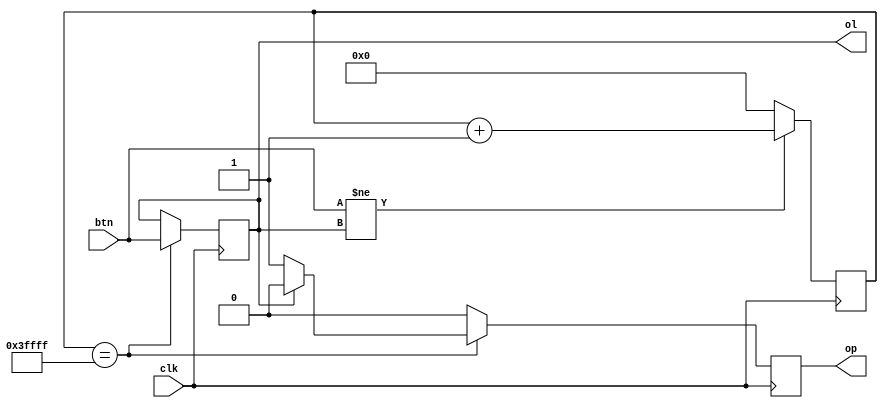
`timescale 1ns / 1ps
//////////////////////////////////////////////////////////////////////////////////
// Company: 
// Engineer: 
// 
// Design Name: 
// Module Name:    debouncer 
// Project Name: 
// Target Devices: 
// Tool versions: 
// Description: 
//
// Dependencies: 
//
// Revision: 
// Revision 0.01 - File Created
// Additional Comments: 
//
//////////////////////////////////////////////////////////////////////////////////
module debouncer(
    input btn,
    input clk,
    output ol,
    output op
    );
	 reg [17:0] cnt;
	 reg temp_ol=0;
	 reg temp_op=0;
	 parameter cycles=262143;
	 assign ol = temp_ol;
	 assign op = temp_op;
	 
	always @(posedge clk)
	begin
		temp_op <= 0;
		if (btn != ol) cnt <= cnt + 2'b1;
		else cnt <= 0;
		if (cnt == cycles) begin
			temp_ol <= btn;
			if (ol == 0) temp_op <= 1;
		end
	end

endmodule